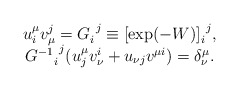
\begin{align*} \begin{array}{c} u^{\mu}_i v^j_{\mu} = G^{~j}_i \equiv [ \exp(-W) ]^{~j}_i,\\ {G^{-1}}^{~j}_i (u^{\mu}_j v^i_{\nu} + u_{\nu j} v^{\mu i}) = \delta^{\mu}_{\nu}. \end{array}\end{align*}